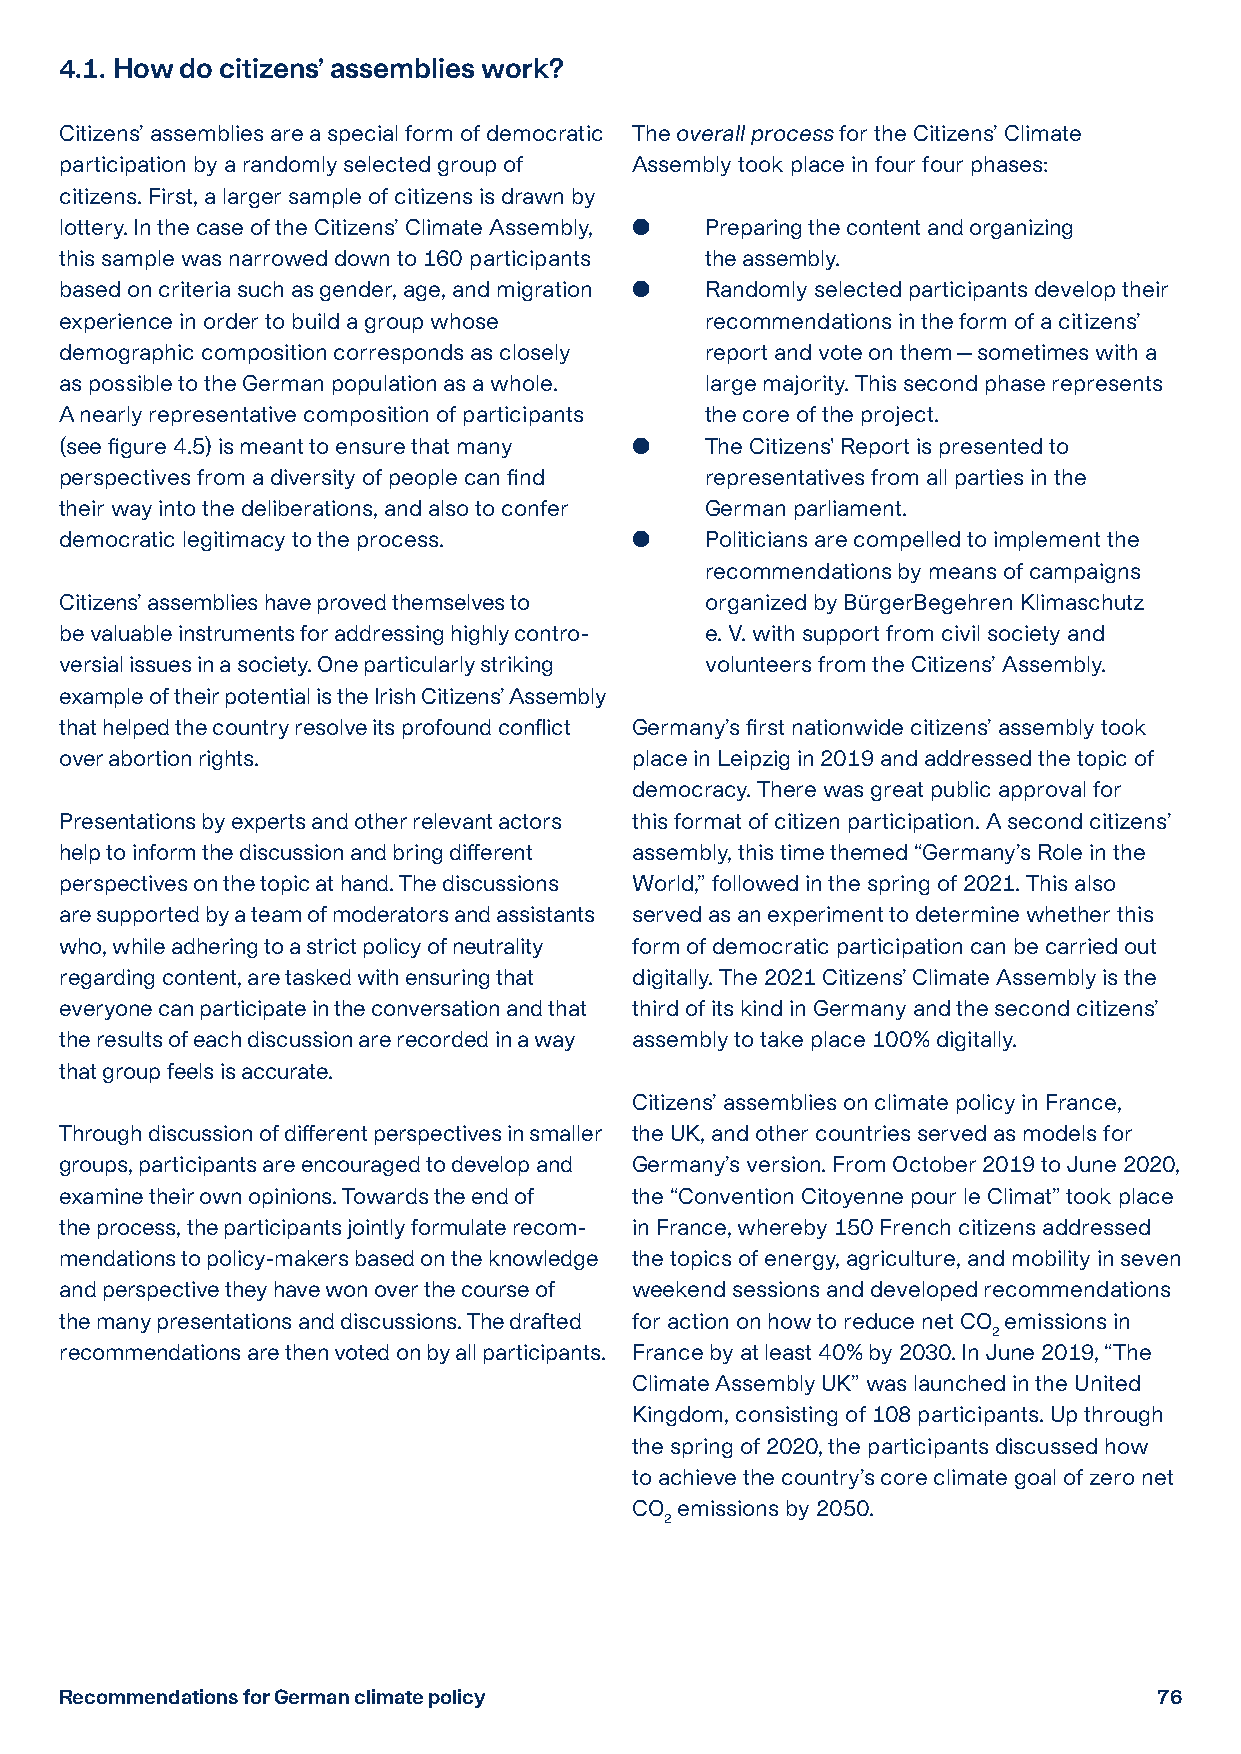
4.1. How do citizens’ assemblies work?
 Citizens’ assemblies are a special form of democratic The overall process for the Citizens’ Climate
 participation by a randomly selected group of Assembly took place in four four phases:
 citizens. First, a larger sample of citizens is drawn by
 lottery. In the case of the Citizens’ Climate Assembly,  Preparing the content and organizing
 this sample was narrowed down to 160 participants the assembly.
 based on criteria such as gender, age, and migration  R andomly selected participants develop their
 experience in order to build a group whose recommendations in the form of a citizens’
 demographic composition corresponds as closely report and vote on them — sometimes with a
 as possible to the German population as a whole. large majority. This second phase represents
 A nearly representative composition of participants the core of the project.
 (see figure 4.5) is meant to ensure that many  T he Citizens' Report is presented to
 perspectives from a diversity of people can find representatives from all parties in the
 their way into the deliberations, and also to confer German parliament.
 democratic legitimacy to the process.     P oliticians are compelled to implement the
 recommendations by means of campaigns
 Citizens’ assemblies have proved themselves to organized by BürgerBegehren Klimaschutz
 be valuable instruments for addressing highly contro- e. V. with support from civil society and
 versial issues in a society. One particularly striking volunteers from the Citizens’ Assembly.
 example of their potential is the Irish Citizens’ Assembly
 that helped the country resolve its profound conflict Germany’s first nationwide citizens’ assembly took
 over abortion rights.                 place in Leipzig in 2019 and addressed the topic of
 democracy. There was great public approval for
 Presentations by experts and other relevant actors this format of citizen participation. A second citizens’
 help to inform the discussion and bring different assembly, this time themed “Germany’s Role in the
 perspectives on the topic at hand. The discussions World,” followed in the spring of 2021. This also
 are supported by a team of moderators and assistants served as an experiment to determine whether this
 who, while adhering to a strict policy of neutrality form of democratic participation can be carried out
 regarding content, are tasked with ensuring that digitally. The 2021 Citizens’ Climate Assembly is the
 everyone can participate in the conversation and that third of its kind in Germany and the second citizens’
 the results of each discussion are recorded in a way assembly to take place 100% digitally.
 that group feels is accurate.
 Citizens’ assemblies on climate policy in France,
 Through discussion of different perspectives in smaller the UK, and other countries served as models for
 groups, participants are encouraged to develop and Germany’s version. From October 2019 to June 2020,
 examine their own opinions. Towards the end of the “Convention Citoyenne pour le Climat” took place
 the process, the participants jointly formulate recom- in France, whereby 150 French citizens addressed
 mendations to policy-makers based on the knowledge the topics of energy, agriculture, and mobility in seven
 and perspective they have won over the course of weekend sessions and developed recommendations
 the many presentations and discussions. The drafted for action on how to reduce net CO emissions in
 2
 recommendations are then voted on by all participants. France by at least 40% by 2030. In June 2019, “The
 Climate Assembly UK” was launched in the United
 Kingdom, consisting of 108 participants. Up through
 the spring of 2020, the participants discussed how
 to achieve the country’s core climate goal of zero net
 CO emissions by 2050.
 2
 Recommendations for German climate policy                                76